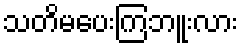
သတိမပေးကြဘူးလား